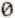
0